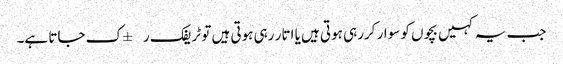
جب یہ کہیں بچوں کو سوار کررہی ہوتی ہیں یا اتار رہی ہوتی ہیں تو ٹریفک ر±ک جاتا ہے۔